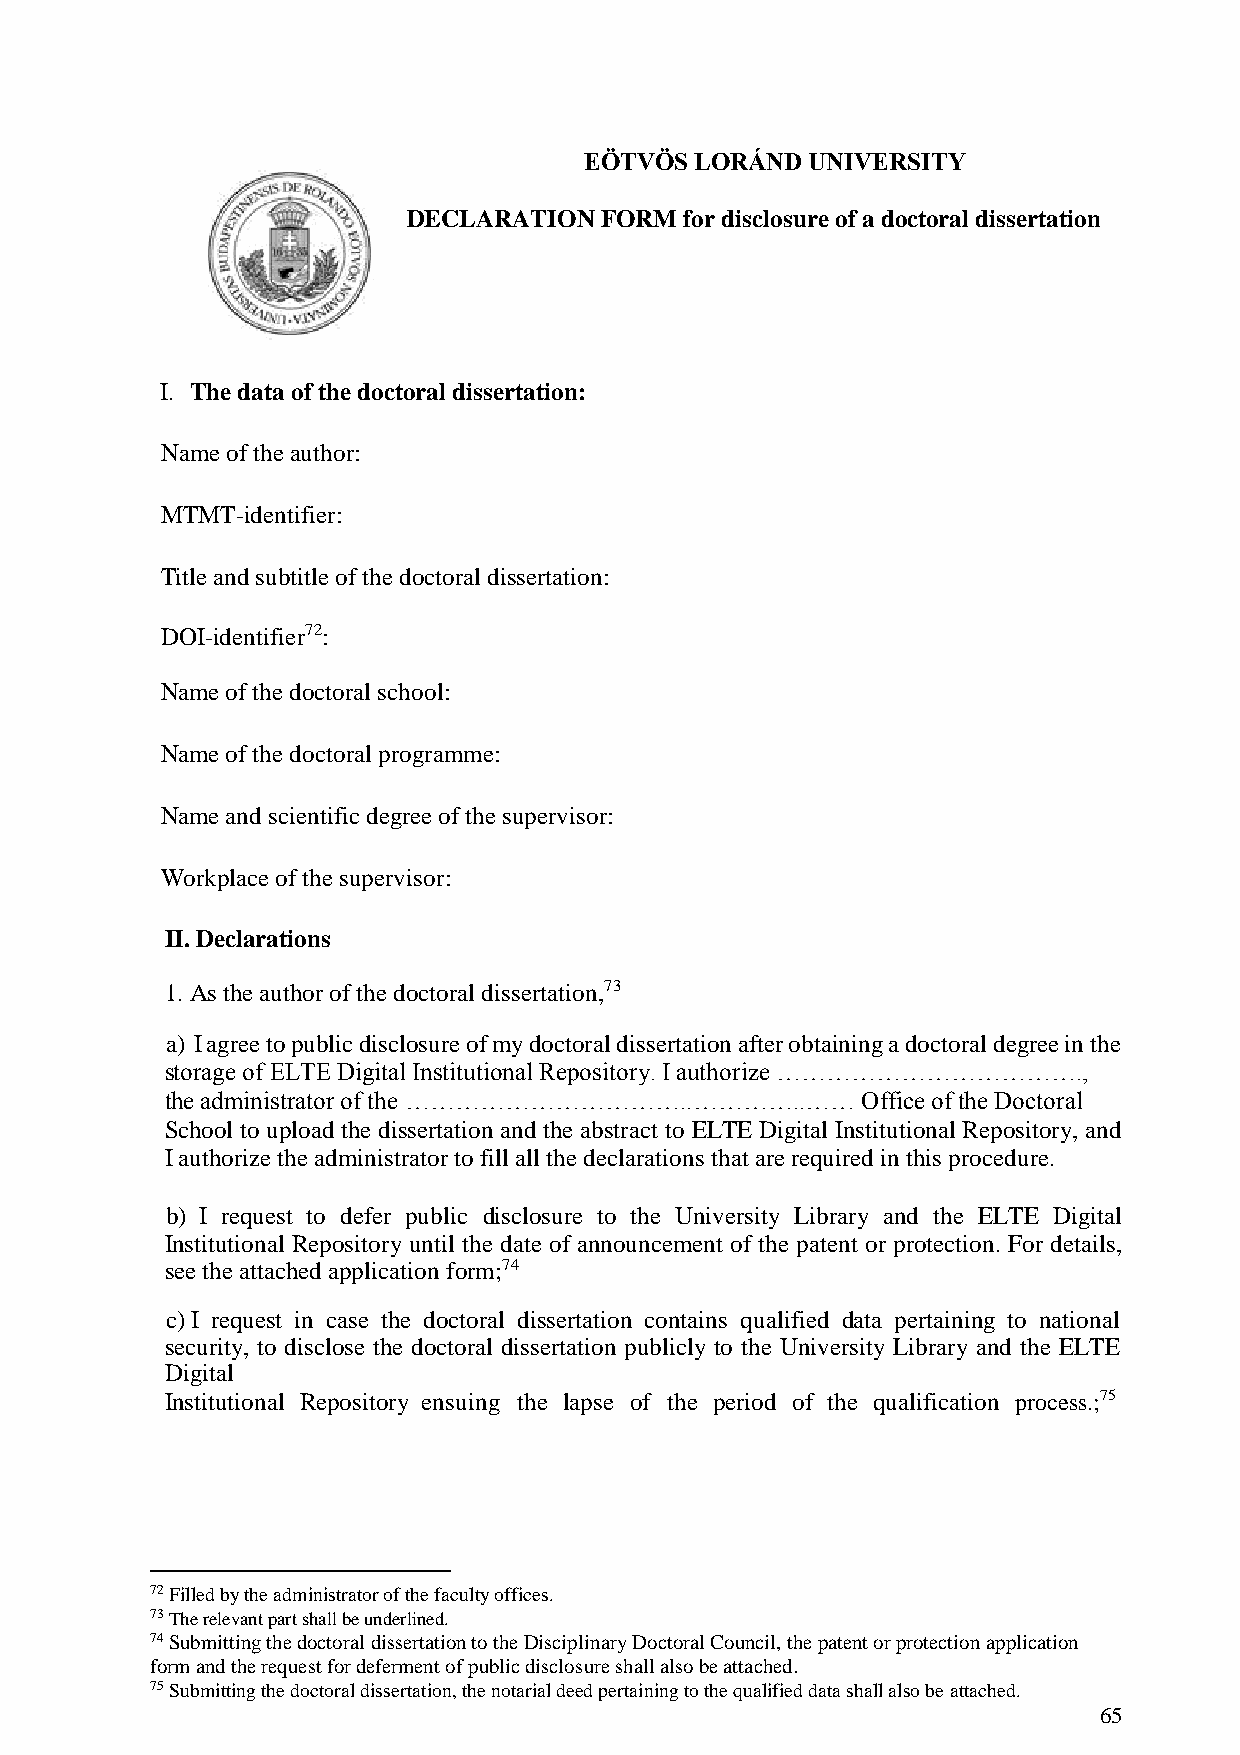
EÖTVÖS LORÁND  UNIVERSITY
 DECLARATION  FORM for disclosure of a doctoral dissertation
 I. The data of the doctoral dissertation:
 Name of the author:
 MTMT-identifier:
 Title and subtitle of the doctoral dissertation:
 DOI-identifier72:
 Name of the doctoral school:
 Name of the doctoral programme:
 Name and scientific degree of the supervisor:
 Workplace of the supervisor:
 II. Declarations
 1. As the author of the doctoral dissertation,73
 a) I agree to public disclosure of my doctoral dissertation after obtaining a doctoral degree in the
 storage of ELTE Digital Institutional Repository. I authorize ……………………………….,
 the administrator of the ……………………………..…………..…… Office of the Doctoral
 School to upload the dissertation and the abstract to ELTE Digital Institutional Repository, and
 I authorize the administrator to fill all the declarations that are required in this procedure.
 b) I request to defer public disclosure to the University Library and the ELTE Digital
 Institutional Repository until the date of announcement of the patent or protection. For details,
 see the attached application form;74
 c) I request in case the doctoral dissertation contains qualified data pertaining to national
 security, to disclose the doctoral dissertation publicly to the University Library and the ELTE
 Digital
 Institutional Repository ensuing the lapse of the period of the qualification process.;75
 72 Filled by the administrator of the faculty offices.
 73 The relevant part shall be underlined.
 74 Submitting the doctoral dissertation to the Disciplinary Doctoral Council, the patent or protection application
 form and the request for deferment of public disclosure shall also be attached.
 75 Submitting the doctoral dissertation, the notarial deed pertaining to the qualified data shall also be attached.
 65